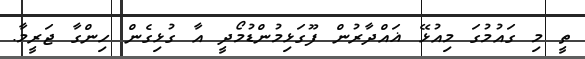
ތީ މި ގައުމުގަ މިއުޅޭ ޣައްދާރުން ފޫގަޅިމުންޑުމޯދީ އާ ގުޅިގެން ހިންގާ ޖަރީމާ.